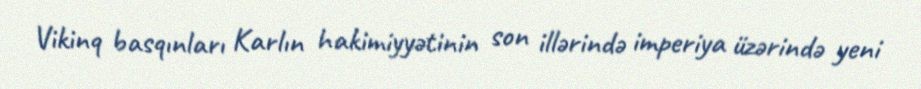
Vikinq basqınları Karlın hakimiyyətinin son illərində imperiya üzərində yeni